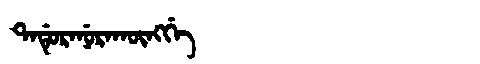
Manchu: ᡨᠠᡩᡠᡵᠠᠨᡠᡵᠠᡴᡡᠩᡤᡝ
Romanization: TADURANURAKŪNGGE